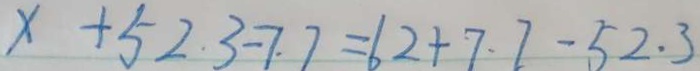
x + 5 2 . 3 - 7 . 7 = 6 2 + 7 . 7 - 5 2 . 3